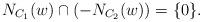
LaTeX: \begin{align*}N_{C_1}(w)\cap (-N_{C_2}(w)) =\{0\}.\end{align*}